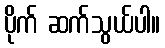
ပိုက် ဆက်သွယ်ပါ။